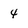
Character: 4